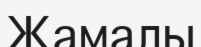
Жамалы